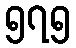
၅၇၅